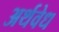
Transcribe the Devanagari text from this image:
अर्थवेध